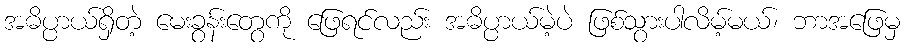
အဓိပ္ပာယ်ရှိတဲ့ မေးခွန်းတွေကို ဖြေရင်လည်း အဓိပ္ပာယ်မဲ့ပဲ ဖြစ်သွားပါလိမ့်မယ်၊ ဘာအဖြေမှ